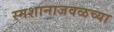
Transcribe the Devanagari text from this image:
स्मशानाजवळच्या